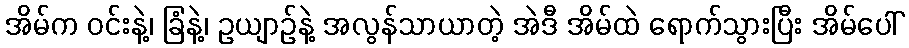
အိမ်က ဝင်းနဲ့၊ ခြံနဲ့၊ ဥယျာဉ်နဲ့ အလွန်သာယာတဲ့ အဲဒီ အိမ်ထဲ ရောက်သွားပြီး အိမ်ပေါ်